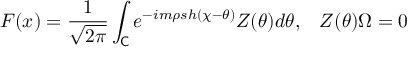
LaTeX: F ( x ) = \frac { 1 } { \sqrt { 2 \pi } } \int _ { \mathsf { C } } e ^ { - i m \rho s h ( \chi - \theta ) } Z ( \theta ) d \theta , \, \, \, \, \, Z ( \theta ) \Omega = 0 \, \,